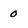
Character: 0